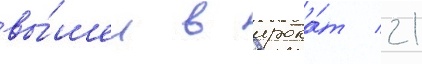
вы́шел в прока́т 21